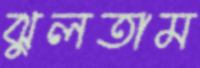
ঝুলতাম